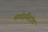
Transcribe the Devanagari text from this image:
मायोइंसिटोल